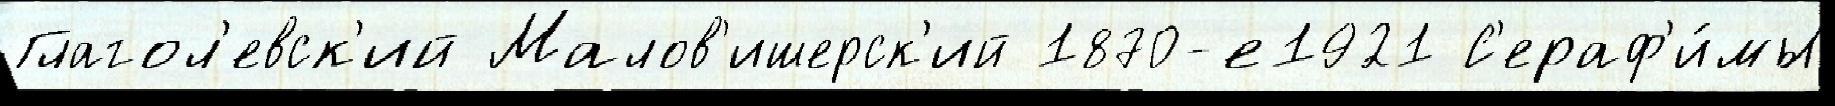
Глагол'евск'ий Малов'ишерск'ий 1870-е1921 С'ераф'и́мы